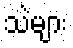
သဲများ